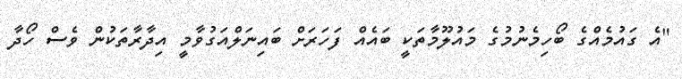
"އެ ގައުމެއްގެ ބޯހިމެނުމުގެ މައުލޫމާތަކީ ބައެއް ފަހަރަށް ބައިނަލްއަގުވާމީ އިދާރާތަކުން ވެސް ހޯދާ